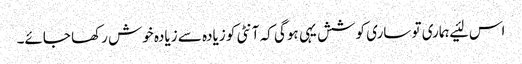
اس لئیے ہماری تو ساری کوشش یہی ہوگی کہ آنٹی کو زیادہ سے زیادہ خوش رکھا جائے۔